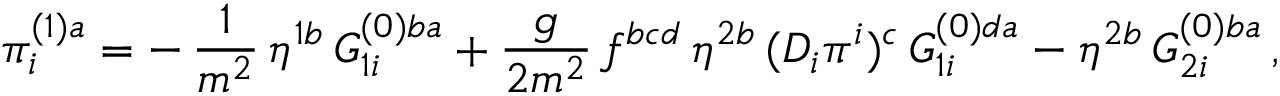
\pi _ { i } ^ { ( 1 ) a } = - \, \frac { 1 } { m ^ { 2 } } \, \eta ^ { 1 b } \, G _ { 1 i } ^ { ( 0 ) b a } + \frac { g } { 2 m ^ { 2 } } \, f ^ { b c d } \, \eta ^ { 2 b } \, ( D _ { i } \pi ^ { i } ) ^ { c } \, G _ { 1 i } ^ { ( 0 ) d a } - \eta ^ { 2 b } \, G _ { 2 i } ^ { ( 0 ) b a } \, ,